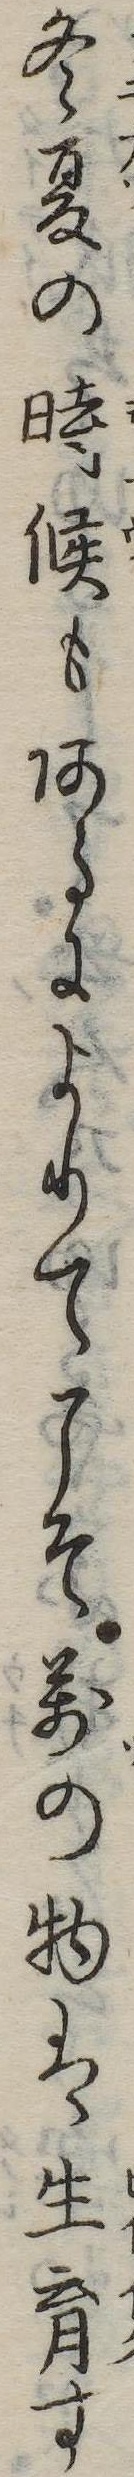
冬夏の時候もあるによりてこそ万の物は生育す